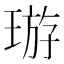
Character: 𤦽